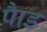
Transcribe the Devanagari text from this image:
पाैड